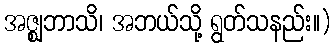
အဇ္ဈဘာသိ၊ အဘယ်သို့ ရွတ်သနည်း။)